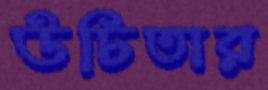
উচিতার